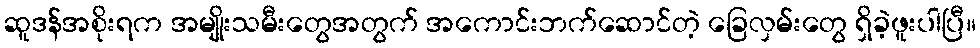
ဆူဒန်အစိုးရက အမျိုးသမီးတွေအတွက် အကောင်းဘက်ဆောင်တဲ့ ခြေလှမ်းတွေ ရှိခဲ့ဖူးပါပြီ။